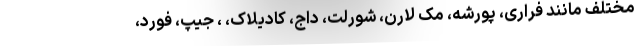
مختلف مانند فراری، پورشه، مک لارن، شورلت، داج، کادیلاک، ، جیپ، فورد،